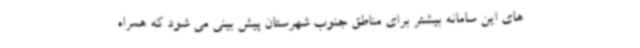
های این سامانه بیشتر برای مناطق جنوب شهرستان پیش بینی می شود که همراه